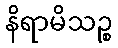
နိရာမိသဉ္စ